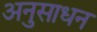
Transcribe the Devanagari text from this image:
अनुसाधन